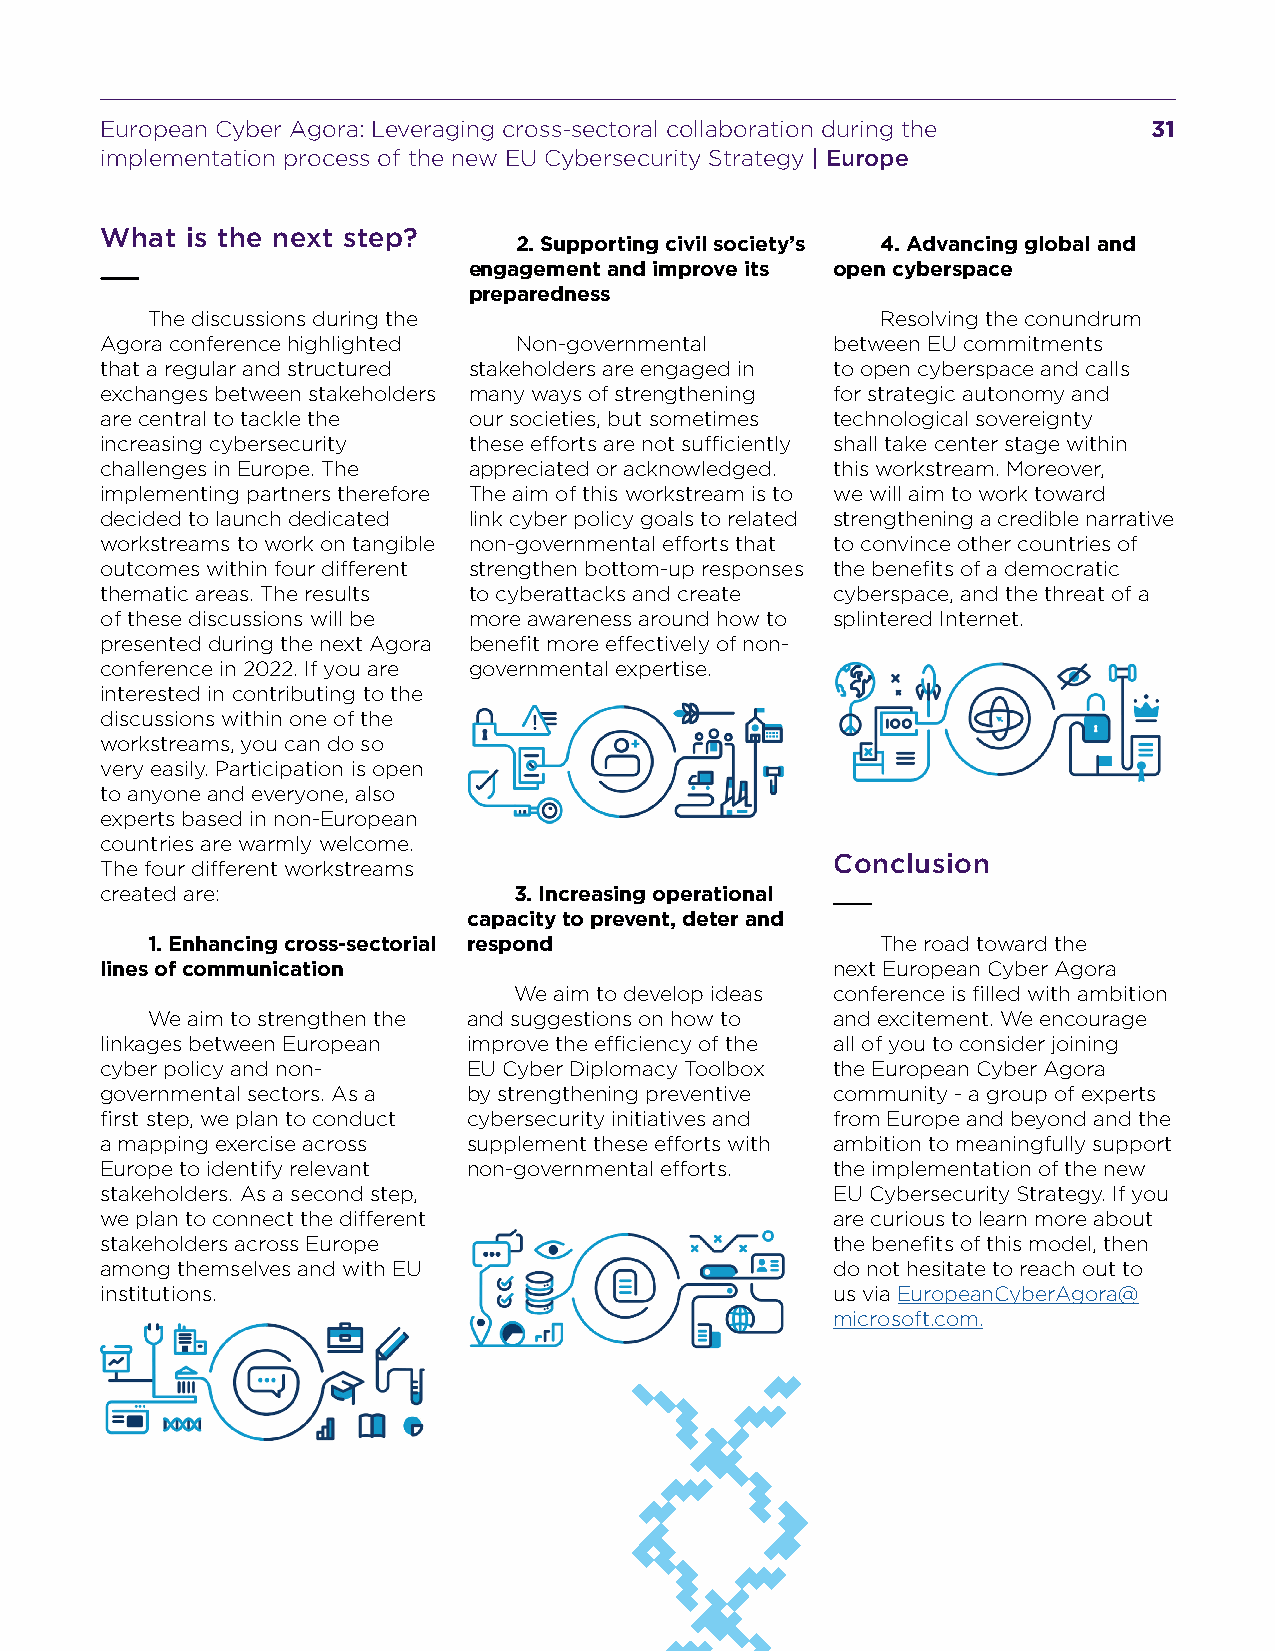
European Cyber Agora: Leveraging cross-sectoral collaboration during the 31
 implementation process of the new EU Cybersecurity Strategy | Europe
 What is the next step?
 2. Supporting civil society’s 4. Advancing global and
 engagement and improve its open cyberspace
 preparedness
 The discussions during the                      Resolving the conundrum
 Agora conference highlighted Non-governmental   between EU commitments
 that a regular and structured stakeholders are engaged in to open cyberspace and calls
 exchanges between stakeholders many ways of strengthening for strategic autonomy and
 are central to tackle the our societies, but sometimes technological sovereignty
 increasing cybersecurity these efforts are not sufficiently shall take center stage within
 challenges in Europe. The appreciated or acknowledged. this workstream. Moreover,
 implementing partners therefore The aim of this workstream is to we will aim to work toward
 decided to launch dedicated link cyber policy goals to related strengthening a credible narrative
 workstreams to work on tangible non-governmental efforts that to convince other countries of
 outcomes within four different strengthen bottom-up responses the benefits of a democratic
 thematic areas. The results to cyberattacks and create cyberspace, and the threat of a
 of these discussions will be more awareness around how to splintered Internet.
 presented during the next Agora benefit more effectively of non-
 conference in 2022. If you are governmental expertise.
 interested in contributing to the
 discussions within one of the
 workstreams, you can do so
 very easily. Participation is open
 to anyone and everyone, also
 experts based in non-European
 countries are warmly welcome.
 Conclusion
 The four different workstreams
 created are:               3. Increasing operational
 capacity to prevent, deter and
 1. Enhancing cross-sectorial respond            The road toward the
 lines of communication                          next European Cyber Agora
 We aim to develop ideas conference is filled with ambition
 We aim to strengthen the and suggestions on how to and excitement. We encourage
 linkages between European improve the efficiency of the all of you to consider joining
 cyber policy and non-   EU Cyber Diplomacy Toolbox the European Cyber Agora
 governmental sectors. As a by strengthening preventive community - a group of experts
 first step, we plan to conduct cybersecurity initiatives and from Europe and beyond and the
 a mapping exercise across supplement these efforts with ambition to meaningfully support
 Europe to identify relevant non-governmental efforts. the implementation of the new
 stakeholders. As a second step,                 EU Cybersecurity Strategy. If you
 we plan to connect the different                are curious to learn more about
 stakeholders across Europe                      the benefits of this model, then
 among themselves and with EU                    do not hesitate to reach out to
 institutions.                                   us via EuropeanCyberAgora@
 microsoft.com.